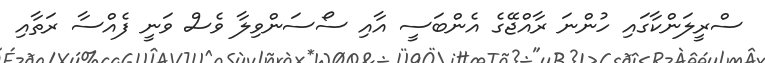
ސްރީލަންކާގައި ހުންނަ ރާއްޖޭގެ އެންބަސީ އާއި ސޯސަންވިލާ ވެސް ވަނީ ފެއްސާ ރަތާއި